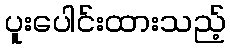
ပူးပေါင်းထားသည့်